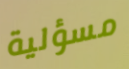
مسؤلية